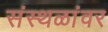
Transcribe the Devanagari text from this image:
संस्थळांवर